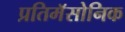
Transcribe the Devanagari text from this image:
प्रतिमॅसोनिक